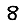
Digit: 8